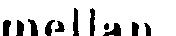
mellan